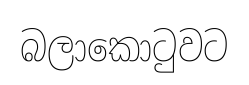
බලාකොටුවට